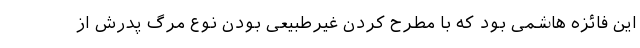
این فائزه هاشمی بود که با مطرح کردن غیرطبیعی بودن نوع مرگ پدرش از